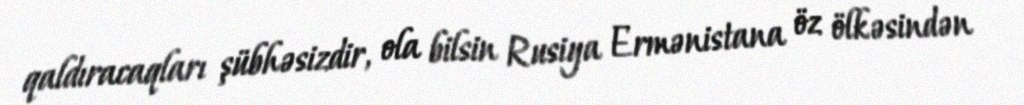
qaldıracaqları şübhəsizdir, ola bilsin Rusiya Ermənistana öz ölkəsindən